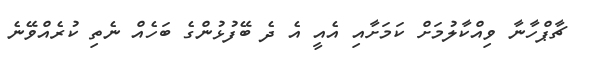
ޗާޕްހާނާ ވިއްކާލުމަށް ކަމަށާއި އެއީ އެ ދެ ބޭފުޅުންގެ ބަހެއް ނެތި ކުރެއްވޭނެ